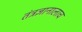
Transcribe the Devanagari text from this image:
तंत्रज्ञानालाच